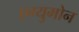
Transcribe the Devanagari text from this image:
एग्युमोन